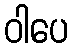
ဝါပေ